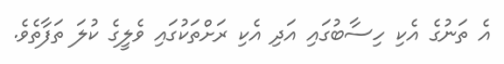
އެ ތަނުގެ އެކި ހިސާބުގައި އަދި އެކި ރަށްތަކުގައި ވެލީގެ ކުލަ ތަފާތެވެ.